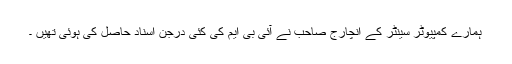
ہمارے کمپیوٹر سینٹر کے انچارج صاحب نے آئی بی ایم کی کئی درجن اسناد حاصل کی ہوئی تھیں ۔